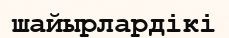
шайырлардікі